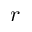
r